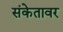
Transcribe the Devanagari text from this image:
संकेतावर